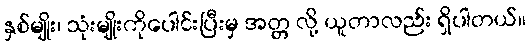
နှစ်မျိုး၊ သုံးမျိုးကိုပေါင်းပြီးမှ အတ္တ လို့ ယူတာလည်း ရှိပါတယ်။